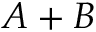
A + B